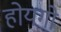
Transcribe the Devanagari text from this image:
होयगो